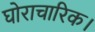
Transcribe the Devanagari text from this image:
घोराचारिक।